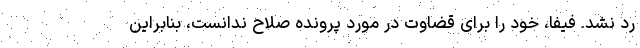
رد نشد. فیفا، خود را برای قضاوت در مورد پرونده صلاح ندانست، بنابراین